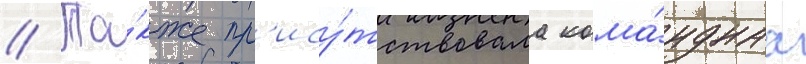
// Та́кже пр'ису́тствовала кома́нднаа